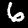
Digit: 6